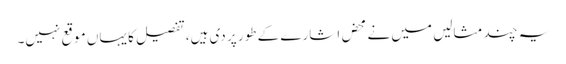
یہ چند مثالیں میں نے محض اشارے کے طور پر دی ہیں، تفصیل کا یہاں موقع نہیں۔